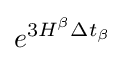
e^{3H^{\beta }\Delta t_{\beta }}